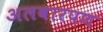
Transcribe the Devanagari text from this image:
अलवारपण